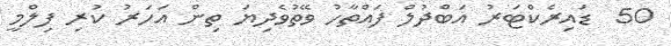
50  ޑައިރެކްޓަރު އަބްދުލް ފައްތާހު ވޭތުވެދިޔަ ތިން އަހަރު ކުރި ފިލްމީ